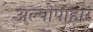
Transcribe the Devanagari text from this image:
अल्पोपाहार